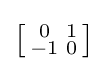
{\bigl [}{\begin{smallmatrix}0&1\\-1&0\end{smallmatrix}}{\bigr ]}